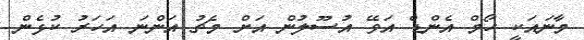
މާނައަކީ ހޯމް އެންޑް އަވޭ އުސޫލުން އަށް މެޗު އަންނަ އަހަރު ކުޅެން